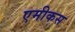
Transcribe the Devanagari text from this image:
एमीकस